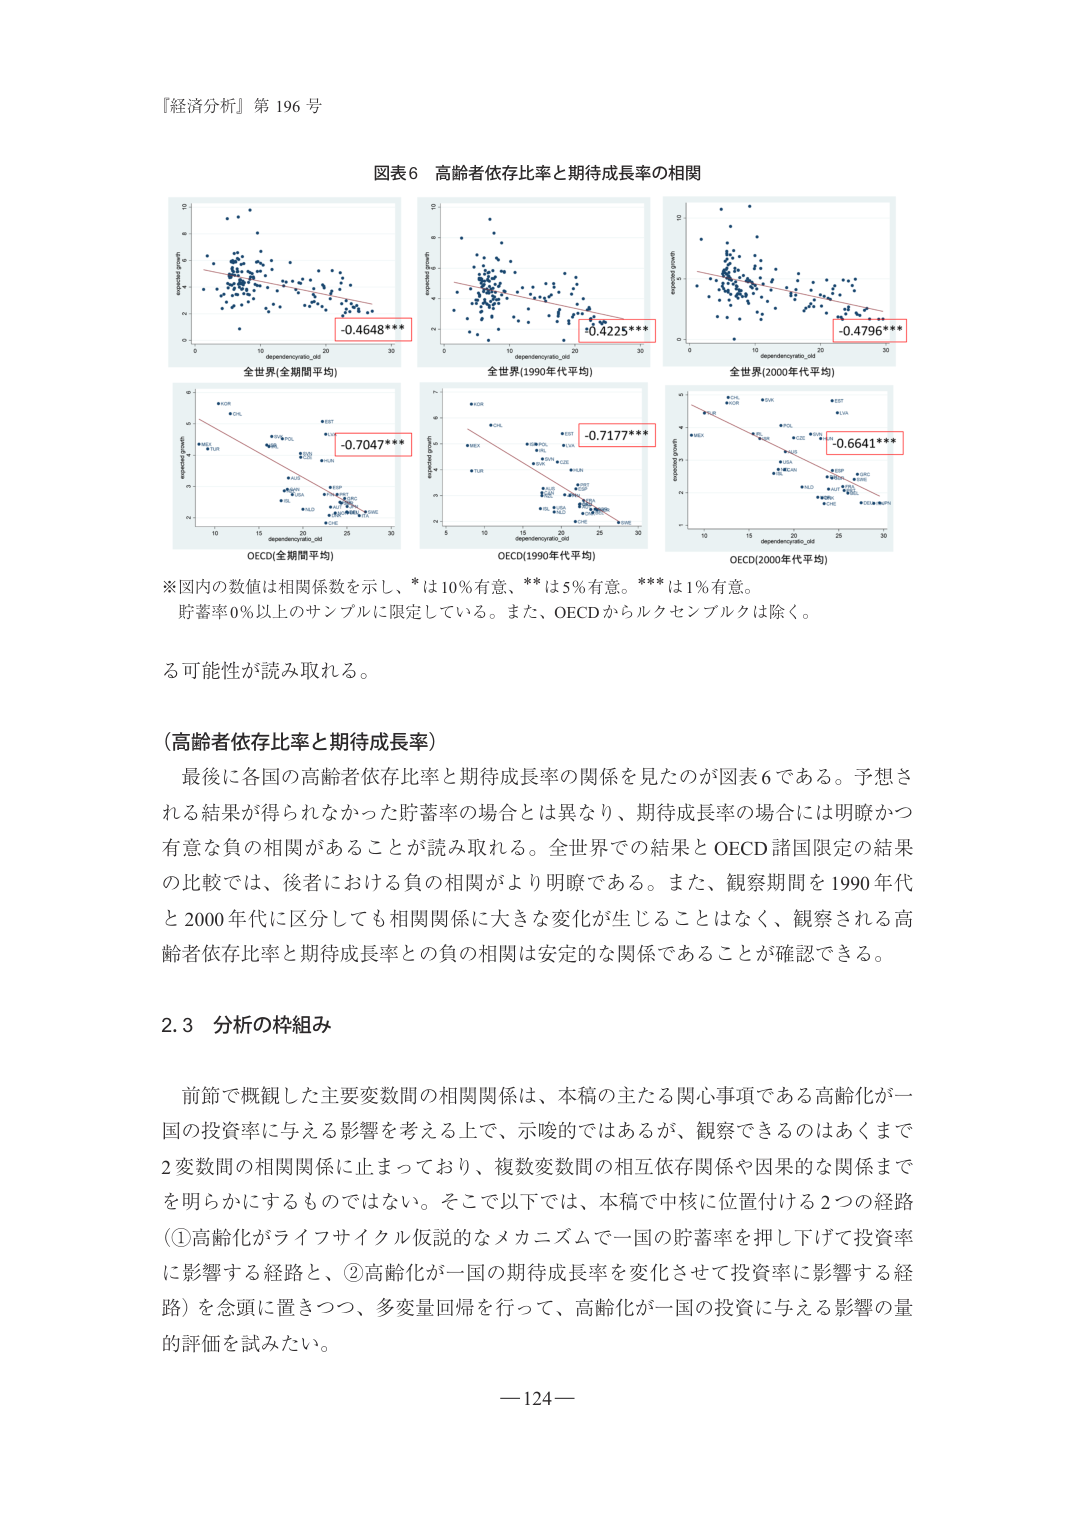
『経済分析』第196号

図表6 高齢者依存比率と期待成長率の相関

-0.4648***
全世界(全期間平均)

-0.4225***
全世界(1990年代平均)

-0.4796***
全世界(2000年代平均)

-0.7047***
OECD(全期間平均)

-0.7177***
OECD(1990年代平均)

-0.6641***
OECD(2000年代平均)

※図内の数値は相関係数を示し、*は10%有意、**は5%有意。***は1%有意。
貯蓄率0%以上のサンプルに限定している。また、OECDからルクセンブルクは除く。

る可能性が読み取れる。

（高齢者依存比率と期待成長率）
最後に各国の高齢者依存比率と期待成長率の関係を見たのが図表6である。予想される結果が得られなかった貯蓄率の場合とは異なり、期待成長率の場合には明瞭かつ有意な負の相関があることが読み取れる。全世界での結果とOECD諸国限定の結果の比較では、後者における負の相関がより明瞭である。また、観察期間を1990年代と2000年代に区分しても相関関係に大きな変化が生じることなく、観察される高齢者依存比率と期待成長率との負の相関は安定的な関係であることが確認できる。

2.3 分析の枠組み

前節で概観した主要変数間の相関関係は、本稿の主たる関心事項である高齢化が一国の投資率に与える影響を考える上で、示唆的ではあるが、観察できるのはあくまで2変数間の相関関係に止まっており、複数変数間の相互依存関係や因果的な関係までを明らかにするものではない。そこで以下では、本稿で中核に位置付ける2つの経路（①高齢化がライフサイクル仮説的なメカニズムで一国の貯蓄率を押し下げて投資率に影響する経路と、②高齢化が一国の期待成長率を変化させて投資率に影響する経路）を念頭に置きつつ、多変量回帰を行って、高齢化が一国の投資に与える影響の量的評価を試みたい。

—124—